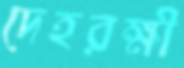
দেহরক্ষী